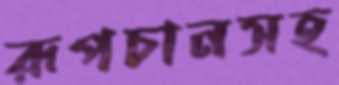
রূপচানসহ